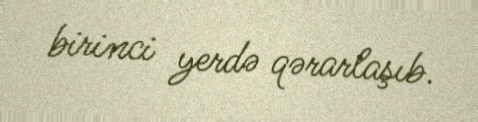
birinci yerdə qərarlaşıb.